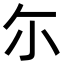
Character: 尓